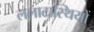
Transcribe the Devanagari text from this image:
ललाटास्थियों